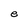
Character: e